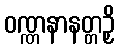
ဝဏ္ဏနာနတ္တဉှိ